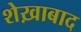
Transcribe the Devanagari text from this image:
शेख़ाबाद